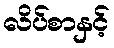
လိပ်စာနှင့်